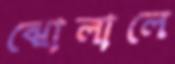
ঝোলালে